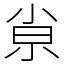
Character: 𡭴